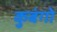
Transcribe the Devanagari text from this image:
कुबंगो